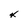
Character: 4